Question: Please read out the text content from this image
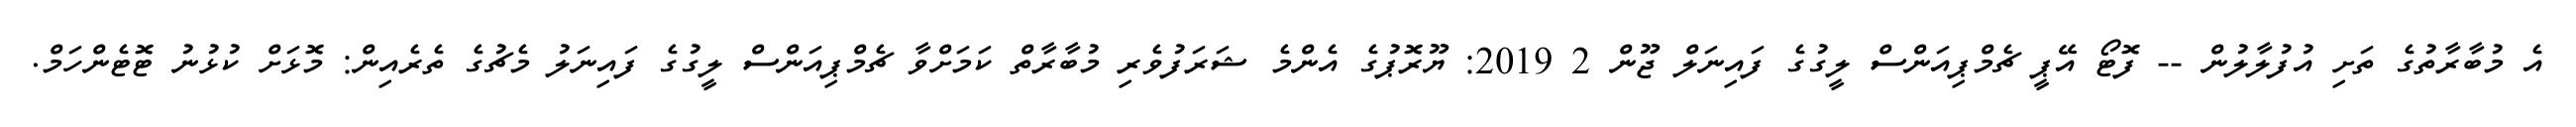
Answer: އެ މުބާރާތުގެ ތަށި އުފުލާލުން -- ފޮޓޯ އޭޕީ ޗެމްޕިއަންސް ލީގުގެ ފައިނަލް ޖޫން 2 2019: ޔޫރޮޕުގެ އެންމެ ޝަރަފުވެރި މުބާރާތް ކަމަށްވާ ޗެމްޕިއަންސް ލީގުގެ ފައިނަލު މެޗުގެ ތެރެއިން: މޮޅަށް ކުޅުނު ޓޮޓެންހަމް.